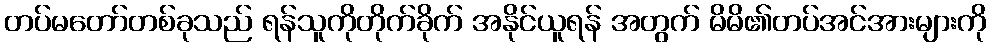
တပ်မတော်တစ်ခုသည် ရန်သူကိုတိုက်ခိုက် အနိုင်ယူရန် အတွက် မိမိ၏တပ်အင်အားများကို